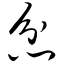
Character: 忿